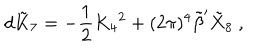
d \tilde { K } _ { 7 } = - { \frac { 1 } { 2 } } K _ { 4 } { } ^ { 2 } + ( 2 \pi ) ^ { 4 } { \tilde { \beta } } ^ { \prime } { \tilde { X } } _ { 8 } \ ,